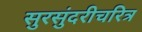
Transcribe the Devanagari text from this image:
सुरसुंदरीचरित्र